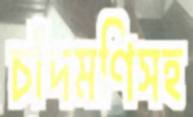
চাঁদমণিসহ